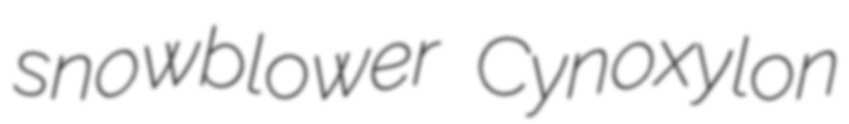
snowblower Cynoxylon